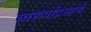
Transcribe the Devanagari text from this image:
स्वरूपांप्रमाणे